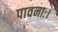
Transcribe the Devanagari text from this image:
पावनाः।